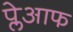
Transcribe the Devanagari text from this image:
प्लेआफ